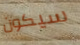
سيكون